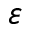
\varepsilon